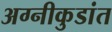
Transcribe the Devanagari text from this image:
अग्नीकुडांत